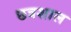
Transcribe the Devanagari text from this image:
छत्रशाल